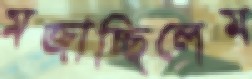
মজাচ্ছিলেম